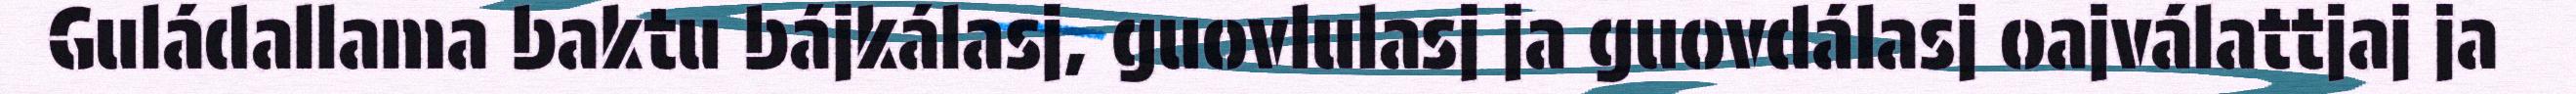
Guládallama baktu bájkálasj, guovlulasj ja guovdálasj oajválattjaj ja